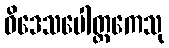
ဝိဒေသပေါတ္ထကေသု